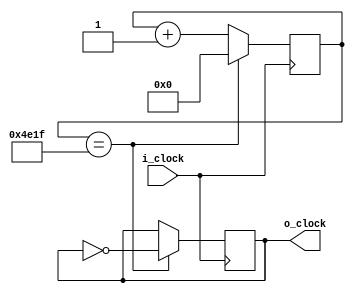
// freqgen: Generate a clock at aproximately the specified frequency.
module freqgen #(
		parameter c_IFREQ = 12000000, //Frequency of the input clock
		parameter c_OFREQ = 300) //Frequency of the generated clock
	(
		input i_clock, //Input clock
		output o_clock //Output generated clock
	);
	parameter c_TICKS = (c_IFREQ/c_OFREQ)/2;
	parameter c_COUNTERSIZE = $clog2(c_TICKS);
	reg r_CLOCK = 1'b0;
	reg [c_COUNTERSIZE-1:0] r_COUNTER = 0;
	always @ (posedge i_clock)
		begin
			if (r_COUNTER == c_TICKS-1)
				begin
					r_CLOCK <= !r_CLOCK;
					r_COUNTER <= 0;
				end
			else
				r_COUNTER <= r_COUNTER+1;
		end
	assign o_clock = r_CLOCK;
endmodule